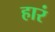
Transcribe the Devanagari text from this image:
हारं